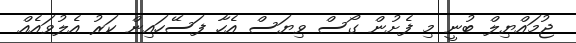
ޖުމައްޔިލް ބުނީ މި ފެށުން ގޯސް ވިޔަސް އެހާ ފަސޭހައިން ކަރު އެލުވައެއް